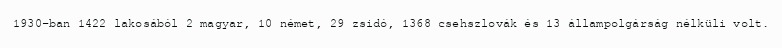
1930-ban 1422 lakosából 2 magyar, 10 német, 29 zsidó, 1368 csehszlovák és 13 állampolgárság nélküli volt.